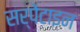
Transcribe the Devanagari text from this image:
सर्पेंटाइन